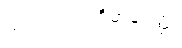
ယဝပါလကဝိမာနဝတ္ထု